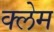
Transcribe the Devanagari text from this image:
क्‍लेम